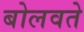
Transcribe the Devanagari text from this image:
बोलवते